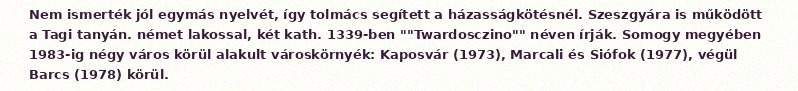
Nem ismerték jól egymás nyelvét, így tolmács segített a házasságkötésnél. Szeszgyára is működött a Tagi tanyán. német lakossal, két kath. 1339-ben ""Twardosczino"" néven írják. Somogy megyében 1983-ig négy város körül alakult városkörnyék: Kaposvár (1973), Marcali és Siófok (1977), végül Barcs (1978) körül.